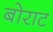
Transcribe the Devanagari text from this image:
बोराट